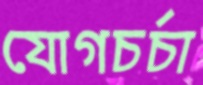
যোগচর্চা